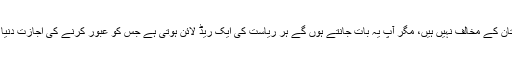
سوال : چلیے مان لیا کہ آپ پاکستان کے مخالف نہیں ہیں، مگر آپ یہ بات جانتے ہوں گے ہر ریاست کی ایک ریڈ لائن ہوتی ہے جس کو عبور کرنے کی اجازت دنیا کی کوئی بھی ریاست نہیں دیتی۔